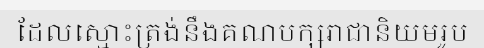
ដែលស្មោះត្រង់នឹងគណបក្សរាជានិយមរូប